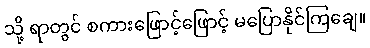
သို့ ရာတွင် စကားဖြောင့်ဖြောင့် မပြောနိုင်ကြချေ။